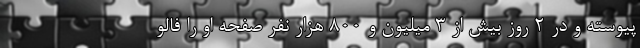
پیوسته و در 2 روز بیش از 3 میلیون و 800 هزار نفر صفحه او را فالو